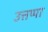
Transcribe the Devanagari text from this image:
उत्तप्पा